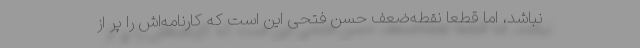
نباشد، اما قطعا نقطه‌ضعف حسن فتحی‌ این است که کارنامه‌اش را پر از